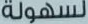
لسهولة